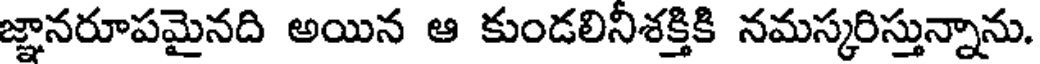
జ్ఞానరూపమైనది అయిన ఆ కుండలినిశక్తికి నమస్కరిస్తున్నాను.